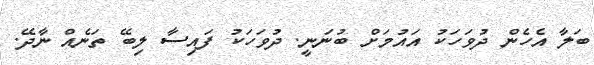
ބަލާ އެހެން ދުވަހަކު އައުމަށް ބުނަނީ. ދުވަހަކު ފައިސާ ލިބޭ ތަނެއް ނާދޭ.